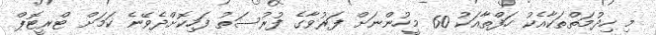
މި ހިދުމަތްތަކާއެކު ހަފްތާއަކު 60 މީހުންނަށް ފަރުވާގެ ފުރުސަތު ފަހިކޮށްދެވޭނެ ކަމަށް ޓްރީޓޮޕް